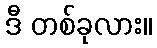
ဒီ တစ်ခုလား။